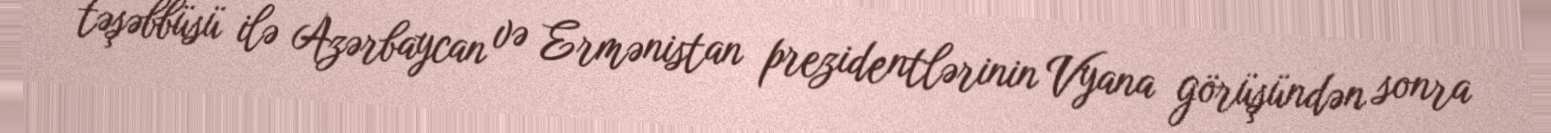
təşəbbüsü ilə Azərbaycan və Ermənistan prezidentlərinin Vyana görüşündən sonra